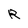
Character: R